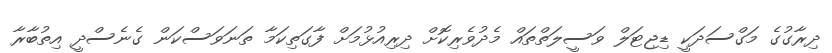
ދިރާގުގެ މަގްސަދަކީ ޑިޖިޓަލް ވަސީލަތްތައް މެދުވެރިކޮށް ދިރިއުޅުމަށް ފާގަތިކަމާ ތަނަވަސްކަން ގެނެސްދީ އިތުބާރާ